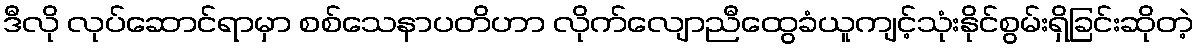
ဒီလို လုပ်ဆောင်ရာမှာ စစ်သေနာပတိဟာ လိုက်လျောညီထွေခံယူကျင့်သုံးနိုင်စွမ်းရှိခြင်းဆိုတဲ့